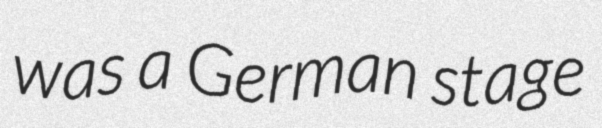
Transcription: was a German stage